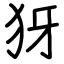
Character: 犽